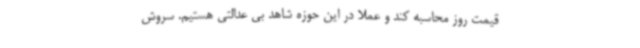
قیمت روز محاسبه کند و عملا در این حوزه شاهد بی عدالتی هستیم. سروش